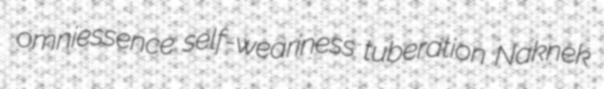
omniessence self-weariness tuberation Naknek